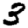
Digit: 3